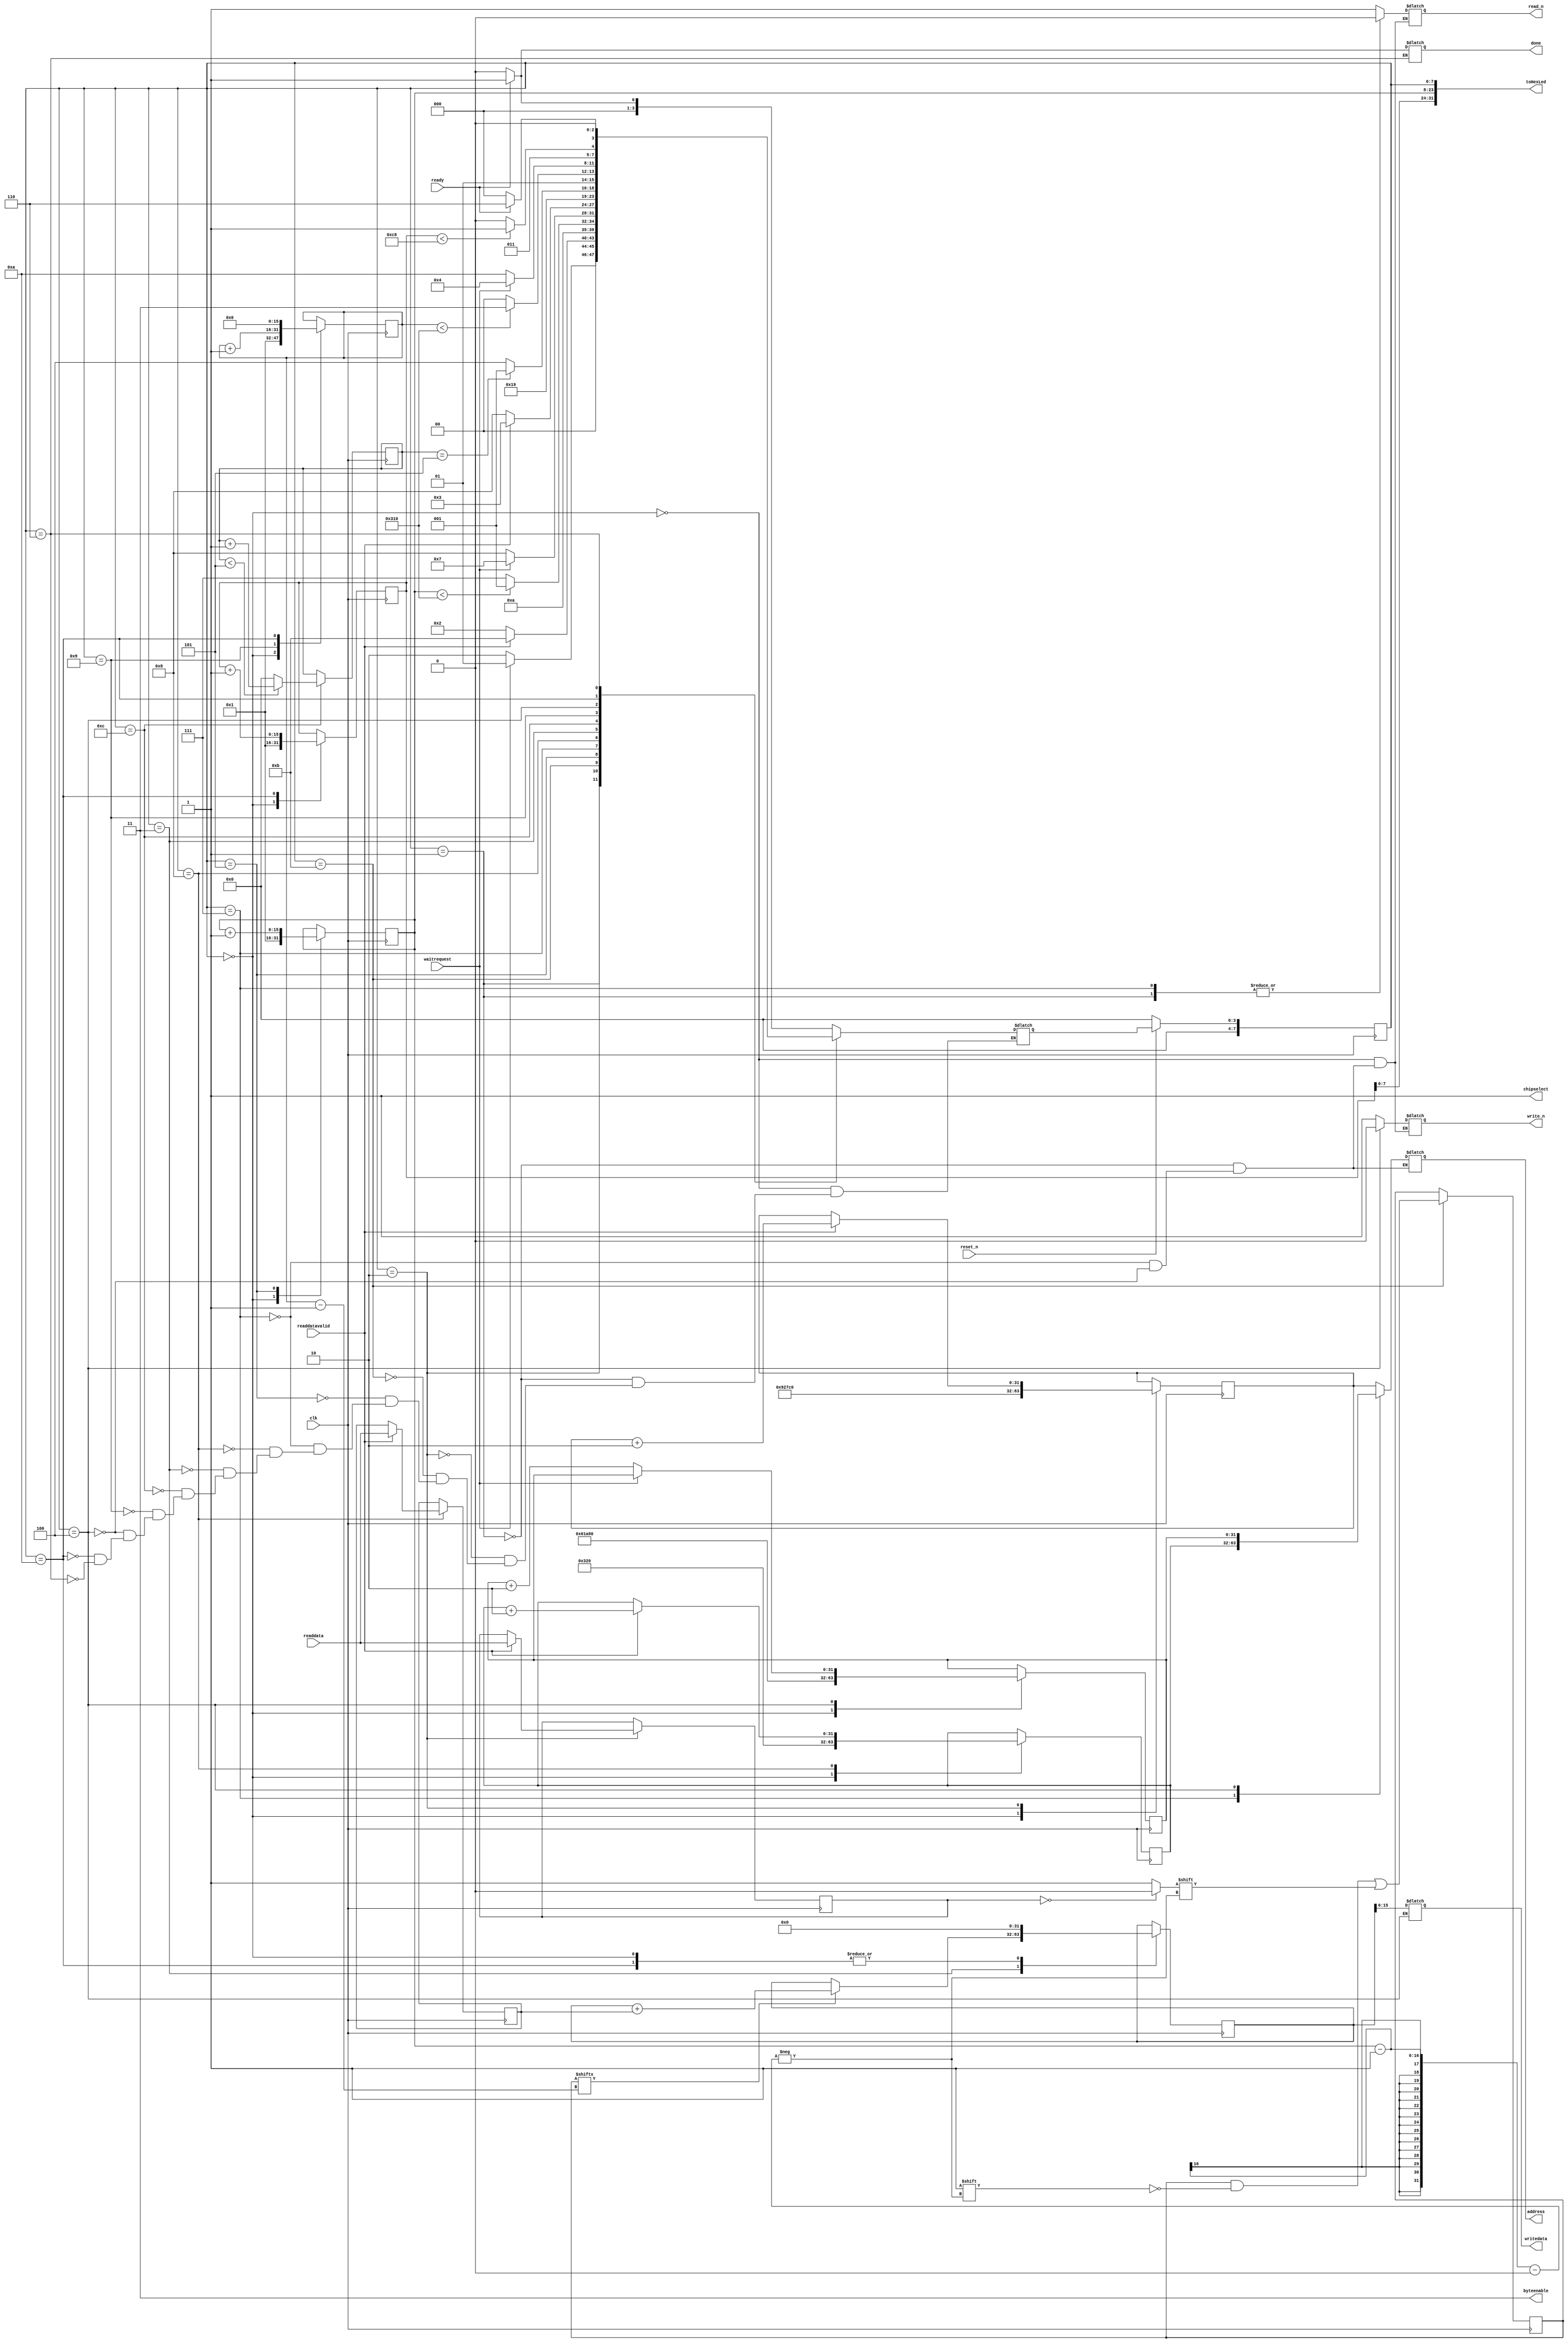
module layer1(
input clk,
input reset_n,
input waitrequest,
input readdatavalid,
input [15:0] readdata,

output chipselect,
output [1:0] byteenable,
output reg read_n,
output reg write_n,

output reg [15:0] writedata,
output reg [31:0] address,

input ready,
output reg done,
output [31:0] toHexLed
);
	reg [15:0] Data_Img = 16'hABCD;
	reg [15:0] Data_W1 = 16'hF00d;
	reg [31:0] Adr_Img = 600_000;
	reg [31:0] Adr_L1 = 650_000;
	reg [31:0] Adr_W1 = 800;
	reg [31:0] Total = 0;
	
	reg [7:0] state;
	reg [7:0] nextstate = 0;
	
	reg [15:0] Img_Count = 1;
	reg [15:0] W1_Count = 1;
	reg [15:0] Node_Count = 1;

	reg [3:0] cycles = 0;
	
	reg [783:0] Image;
	
	localparam IDLE = 0;
	localparam READ_IMG = 1;
	localparam WAIT_IMG = 2;
	localparam ADD = 3;
	localparam WRITE_TO_L1 = 4;
	localparam CONT_IMG = 5;
	localparam DONE = 6;
	localparam READ_W1 = 7;
	localparam WAIT_W1 = 8;
	localparam CONT_W1 = 9;
	localparam CONT_L1 = 10;
	localparam STORE_IMG = 11;
	localparam DELAY = 12;
	
	localparam Base_Img = 32'd600_000;
	localparam Base_Layer1 = 32'd400_000;
	localparam Base_W1 = 32'd800;


	assign toHexLed = {Node_Count,Img_Count,state};

	assign chipselect = 1;
	assign byteenable = 2'b11;
	
	always @ (posedge clk)
	begin
		state <= nextstate;
		if(reset_n == 0)
		begin
			state <= 0;
		end
	end

	always @ (posedge clk)
	begin
		case(state)
			IDLE:
			begin
				Img_Count <= 1;
				W1_Count <= 1;
				Node_Count <= 1;
				Adr_Img <= Base_Img;
				Adr_L1 <= Base_Layer1;
				Adr_W1 <= Base_W1;
				Total <= 0;
				//Image <= 0;
			end

//--------------- State Machine for TD -----------------------//
			
			READ_IMG: // Read TD request
			begin

			end

			WAIT_IMG: // Wait TD request
			begin
				Data_Img <= (readdatavalid) ? readdata : Data_Img;
				Adr_Img <= (readdatavalid) ? Adr_Img + 2 : Adr_Img;
			end
			
			
			STORE_IMG: // Store into Image register
			begin
				Image[Img_Count-1] <= (Data_Img == 0) ? 0: 1;
			end
			
			CONT_IMG: // Increase until 784
			begin
				Img_Count <= Img_Count + 1;
			end

// -------------------- State Machine for W1 -------------------------------/

			//CHECK: begin if (Image[W1_Count-1] == 1) nextstate <= READ_W1: CONT_W1:end
			
			READ_W1: //waitrequest w1
			begin
				
			end
			
			WAIT_W1: //readdatavalid w1
			begin
				Data_W1 <= (readdatavalid) ? readdata : Data_W1;
				Adr_W1 <= (readdatavalid) ? Adr_W1 + 2 : Adr_W1;
			end
			
			ADD: //add using our img register
			begin
				Total <= (Image[W1_Count-1] == 1) ? Total + Data_W1 : Total;
			end
			
			CONT_W1: //keep reading from w1 til 784
			begin
				W1_Count <= W1_Count + 1;
			end
			
			WRITE_TO_L1: //once w1 count == 784 write to layer1
			begin
				Adr_L1 <= (waitrequest) ? Adr_L1 : Adr_L1 + 2;
			end

			CONT_L1: //reset count,total and read from w1 again
			begin
				W1_Count <= 0;
				Total <= 0;
				Node_Count <= Node_Count + 1;
			end

			DONE:
			begin
			end
		endcase
	end

	always @ (*)
	begin
		//read_n <= read_n;
		//write_n <= write_n;
		//address <= address;

		case(state)
			IDLE: 
			begin
				read_n <= 1;
				write_n <= 1;
				address <= address;
				nextstate <= (ready) ? READ_IMG : IDLE;
			end

//-------------------- State Logic TD --------------------------//
			READ_IMG:
			begin
				read_n <= 0;
				write_n <= 1;
				address <= Adr_Img;
				nextstate <= (!waitrequest) ? WAIT_IMG : READ_IMG;
			end

			WAIT_IMG:
			begin
				nextstate <= (readdatavalid) ? STORE_IMG : WAIT_IMG;
			end
			
			STORE_IMG:
			begin
				nextstate <= CONT_IMG;
			end

			CONT_IMG:
			begin
				nextstate <= (Img_Count < 784) ? READ_IMG : READ_W1;
			end

////------------ State Logic Weight 1 -----------------//
			
			READ_W1:
			begin
				read_n <= 0;
				write_n <= 1;
				address <= Adr_W1;
				nextstate <= (!waitrequest) ? WAIT_W1 : READ_W1;
			end
			
			WAIT_W1:
			begin
				nextstate <= (readdatavalid) ? ADD : WAIT_W1;
			end
			
			ADD:
			begin
				nextstate <= DELAY;
			end
			
			DELAY:
			begin
				nextstate <= (cycles == 5) ? CONT_W1 : DELAY;
			end
			
			CONT_W1:
			begin
				nextstate <= (W1_Count < 784) ? READ_W1 : WRITE_TO_L1;
			end

//-------------------- Layer 1 Logic ----------------------------//
			WRITE_TO_L1:
			begin
				write_n <= 0;
				read_n <= 1;
				address <= Adr_L1;
				writedata <= Total;
				nextstate <= (!waitrequest) ? CONT_L1: WRITE_TO_L1;
			end

			CONT_L1:
			begin
				nextstate <= (Node_Count < 200) ? READ_W1 : DONE;
			end

			DONE:
			begin
				done <= (ready) ? 1 : 0;
				nextstate <= (!ready) ? IDLE : DONE;
			end
		endcase
	end

	
	
always@(posedge clk)
begin
	if(state == DELAY)
	begin
		cycles <= (cycles < 5) ? cycles + 1 : 0;
	end
	else begin
		cycles <= cycles;
	end
end

endmodule



/*
module layer1(
input clk,
input reset_n,
input waitrequest,
input readdatavalid,
input [15:0] readdata,

output chipselect,
output [1:0] byteenable,
output reg read_n,
output reg write_n,

output reg [15:0] writedata,
output reg [31:0] address,

input ready,
output reg done,
output [31:0] toHexLed
);
	assign chipselect = 1;  
	assign byteenable = 2'b11;
	
	reg [15:0] img_cur = 16'h0;
	reg [15:0] w1_cur = 16'h0;
	reg [15:0] total = 16'h0;
	reg [3:0]  state = 0;
	reg [3:0]  nextstate = 0;
	reg [31:0] img_adr = 32'd600_000; 
	reg [31:0] layer1_adr = 32'd400_000; 
	reg [31:0] w1_adr = 32'd800; 
	reg [15:0] img_count = 1; 
	reg [15:0] w1_count = 1; 
	reg [3:0] check = 4'hF;

	assign toHexLed = {24'h0,check,state};
	
	localparam IDLE = 0;
	localparam READ_IMG = 1;
	localparam WAIT_IMG = 2;
	localparam ADD = 3;
	localparam WRITE = 4;
	localparam CONT = 5;
	localparam DONE = 6;
	localparam READ_W1 = 7;
	localparam WAIT_W1 = 8;
	localparam CONT2 = 9;
	
	localparam IMG_BASE = 32'd600_000;
	localparam LAYER1_BASE = 32'd400_000;
	localparam W1_BASE = 32'd800;
	
	always @ (posedge clk) begin
		if(~reset_n) begin
			state <= IDLE;
		end
		else begin
			case(state)
				IDLE: begin
								state <= (ready) ? READ_IMG : IDLE;
								total <= 0;
								img_count <= 1;
								w1_count <= 1;
								img_adr <= IMG_BASE;
								layer1_adr <= LAYER1_BASE;
								w1_adr <= W1_BASE;
				end
				READ_IMG: begin
								state <= (!waitrequest) ? WAIT_IMG : READ_IMG;			
				end
				WAIT_IMG: begin
								state <= (readdatavalid) ? READ_W1: WAIT_IMG;
								img_adr <= (readdatavalid) ? img_adr + 2 : img_adr;
								img_count <= (readdatavalid) ? img_count + 1: img_count;
								img_cur <= (readdatavalid) ? readdata : img_cur;
				end
				READ_W1: begin
								state <= (!waitrequest) ? WAIT_W1 : READ_W1;
				end
				
				WAIT_W1: begin
								state <= (readdatavalid) ? ADD : WAIT_W1;
								w1_adr <= (readdatavalid) ? w1_adr + 2: w1_adr;
								w1_cur <= (readdatavalid) ? readdata : w1_cur;
				end
				
				ADD: begin
								state <= (img_count < 784) ? READ_IMG : WRITE;
								total <= (img_cur != 0) ? w1_cur + total : total;
				end
				
				WRITE: begin
								state <= (!waitrequest) ? CONT : WRITE;
								layer1_adr <= (!waitrequest) ? layer1_adr + 2: layer1_adr;
								w1_count <= (!waitrequest) ? w1_count + 1 : w1_count;
								writedata <= total;
				end
				
				CONT: begin
								state <= (w1_count < 200) ? READ_IMG : DONE;
								total <= 0;
								img_count <= 1;
								img_adr <= IMG_BASE;
								w1_adr <= w1_adr;
								w1_count <= w1_count;
				end
				
				DONE: begin
								state <= (~ready) ? IDLE : DONE;
				end
			endcase
		end
	end
	
	always @ (*) begin
		done = (state == DONE) ? 1 : 0;
		case(state)
			IDLE: begin
				read_n <= 1;
				write_n <= 1;
				address <= 0;
			end
			READ_IMG: begin
				read_n <= 0;
				write_n <= 1;
				address <= img_adr;
			end
			WAIT_IMG: begin
				read_n <= 0;
				write_n <= 1;
				address <= img_adr;			
			end
			READ_W1: begin
				read_n <= 0;
				write_n <= 1;
				address <= w1_adr;			
			end	
			WAIT_W1: begin
				read_n <= 0;
				write_n <= 1;
				address <= w1_adr;			
			end	
			WRITE: begin
				read_n <= 1;
				write_n <= 0;
				address <= layer1_adr;
			end
			DONE: begin
				read_n <= 1;
				write_n <= 1;
				address <= 0;			
			end
		endcase
	end
					
endmodule
*/
/*		
	//Outputs
	always @ (posedge clk)
	begin
		counter <= counter;
		counter2 <= counter2;
		total <= total;
		img_adr <= img_adr;
		layer1_adr <= layer1_adr;
		w1_adr <= w1_adr;
		
		case(state)
			IDLE: begin
							counter    <= 1;
							counter2   <= 1;
							img_adr    <= 32'd600_000; //test data
							w1_adr     <= 32'd800;     //weight 1
							layer1_adr <= 32'd400_000; //layer1
							total      <= 16'd0;
			end

			// Read test data
			READ:
			begin
			end

			// Read test data pt2
			LOAD:
			begin
				data <= (readdatavalid) ? readdata : data;
				img_adr <= (readdatavalid) ? img_adr + 2 : img_adr;
			end
			
			// Read Weight
			READ2:
			begin
			end

			// Read Weight pt 2
			LOAD2:
			begin
				data2  <= (readdatavalid) ? readdata   : data2;
				w1_adr <= (readdatavalid) ? w1_adr + 2 : w1_adr;
				counter <= (readdatavalid) ? counter + 1 : counter;
			end
			
			// Sum up weights
			ADD:
			begin
				total <= (data != 0) ? total + data2 : total;
			end
			
			// Have we read 784 times?
			//CONT:			begin counter <= counter + 1; end
			
			// Write request (to layer1)
			WRITE:
			begin
				layer1_adr <= (waitrequest) ? layer1_adr : layer1_adr + 2;
				counter2 <= (waitrequest) ? counter2 : counter2 + 1;
			end
			
			//Have we written 200 times?
			CONT2:
			begin
				img_adr <= 600_000; //reset td address
				counter <= 1; //reset counter
				total <= 0; //reset total
			end

			// Done
			FINISH:
			begin
			end
			
		endcase
	end

	// Nextstate logic
	always @ (*)
	begin
	
		read_n  <= 1;
		write_n <= 1;
		address <= address;

		case(state)
			
			// Wait for ready == 1
			IDLE:
			begin
				nextstate <= (ready) ? READ: IDLE;
			end


			// Read request
			READ:
			begin
				read_n <= 0;
				address <= img_adr;
				nextstate <= (waitrequest) ? READ : LOAD;
			end

			// Read request pt2
			LOAD:
			begin
				nextstate <= (readdatavalid) ? READ2 : LOAD;
			end
			
			// Read weights
			READ2:
			begin
				read_n <= 0;
				address <= w1_adr;
				nextstate <= (waitrequest) ? READ2 : LOAD2;
			end
			
			// Read weights pt2
			LOAD2:
			begin
				nextstate <= (readdatavalid) ? ADD : LOAD2;
			end

			//Add state
			ADD:
			begin
				//nextstate <= CONT;
				nextstate <= (counter < 784) ? READ : WRITE;
			end
			
			//Have we read 784 times?
//			CONT:	begin nextstate <= (counter < 784) ? READ : WRITE; end
			
			//Write Request
			WRITE:
			begin
				read_n <= 1;
				write_n <= 0;
				writedata <= total;
				address <= layer1_adr;
				nextstate <= (waitrequest) ? WRITE : CONT2;
			end
			
			//Have we written 200 times?
			CONT2:
			begin
				nextstate <= (counter2 < 200) ? READ : FINISH;
			end
			
			//Done state
			FINISH:
			begin
				read_n <= 1;
				write_n <= 1;
				done <= (ready) ? 1 : 0;
				nextstate <= (ready) ? FINISH : IDLE;
			end
			
		endcase
	end

endmodule
*/